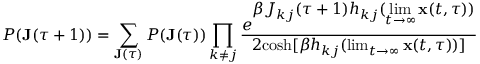
P ( \mathbf { J } ( \tau + 1 ) ) = \sum _ { \mathbf { J } ( \tau ) } P ( \mathbf { J } ( \tau ) ) \prod _ { k \neq j } \frac { e ^ { \displaystyle \beta J _ { k j } ( \tau + 1 ) h _ { k j } ( \operatorname* { l i m } _ { t \rightarrow \infty } \mathbf { x } ( t , \tau ) ) } } { 2 \mathrm { c o s h } [ \beta h _ { k j } ( \operatorname* { l i m } _ { t \rightarrow \infty } \mathbf { x } ( t , \tau ) ) ] }